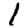
Digit: 1